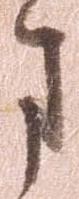
ま